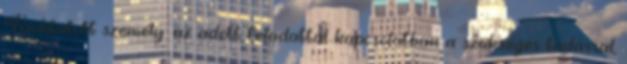
Kioktatott személy: az adott feladattal kapcsolatban a szükséges tudással,